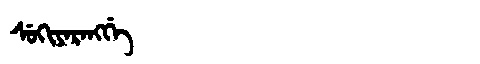
Manchu: ᠰᡠᡴᡳᠶᠠᡵᠠᠩᡤᡝ
Romanization: SUKIYARANGGE